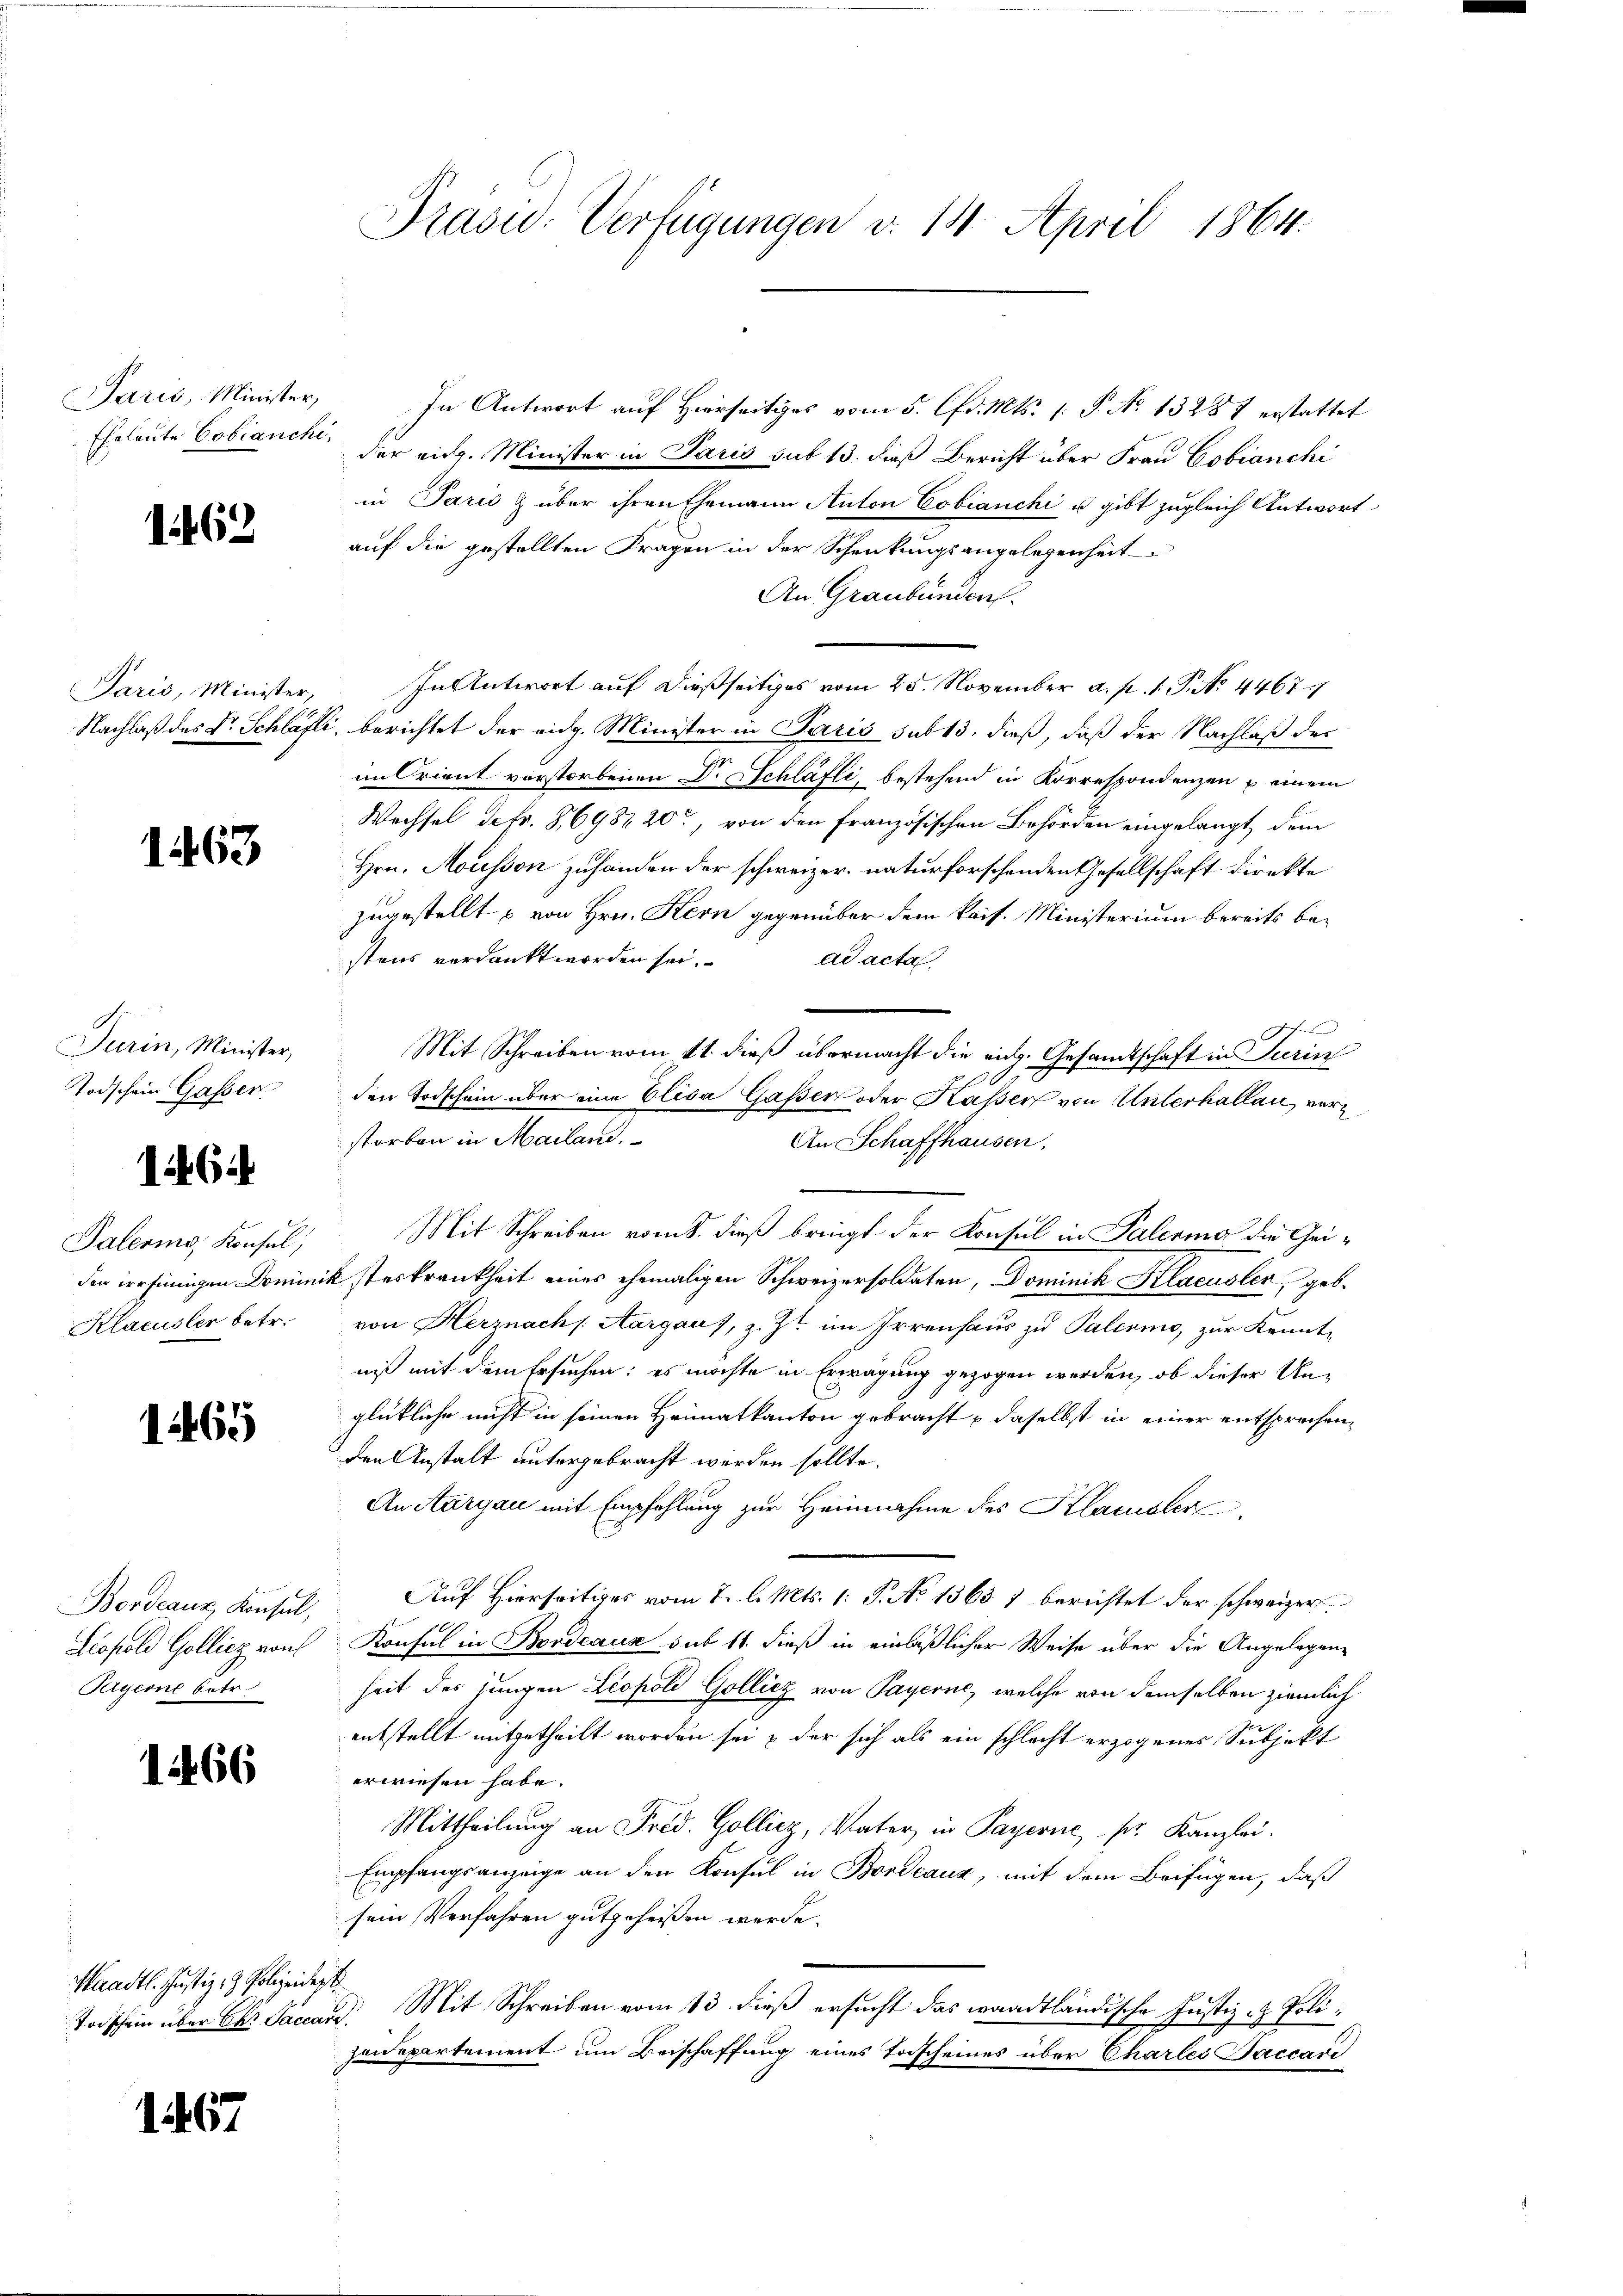
1462

Paris, Minister,

1463

Turin, Minister,
Todschein Gassen

1464

Palering Konsul,
den irrsinnigen Domin
Klacusler betr.

1465

Scopold Golliez noch
Ryerne betr

1466

Waadt. Justiz- & Polizeides

1467

Prasid-Verfügungen v. 14. April 1864.

Paris, Minister, In Antwort auf Hierseitiges vom 5. Chr. Mts. 1. P. No 13281 erstattet
Eheleute Cobiancke, der eidg. Minister in Paris sub 13. dieß Bericht über Frau Cobianchi
in Parić & über ihren Ehemann Anton Cobianchi u. gibt zugleich Antwortauf die gestellten Fragen in der Schenkungsangelegenheit
An Graubünden.
In Antwort auf dießseitiges vom 25. November a. p. 1. P. Nr. 4467.
Nachlaß des Dr. Schläfli, berichtet der eidg. Minister in Paris sub 13, dieß, daß der Nachlaß der
im Orient verstorbenen Dr. Schläfli, bestehend in Korrespondenzen u einem
Wechsel defr. 8698 20, von den französischen Behörden eingelangt, dem
Hrn. Mousson zuhanden der schweizer, naturforschenden Gesellschaft direkte
zugestellt u von Hrn. Kern gegenüber dem kais. Ministerium bereits bestens verdankt worden sei.
ad acta.
bechen
Mit Schreiben vom 11. dieß übermacht die eidg. Gesamtschaft in Turin
den Todschein über eine Elisa Gasser oder Kasser von Unterhallen, verstorben in Mailand.
An Schaffhausen.
Mit Schreiben vom 8. dieß bringt der Konsul in Palermo die Geiück steskrankheit eines ehemaligen Schweizersoldaten, Dominik Klacusler, geb.
von Herznach Aargaus, z. Zt. im Irrenhaus zu Palermo, zur Kennt-
niß mit dem Ersuchen: es möchte in Erwägung gezogen werden, ob dieser Unglückliche nicht in seinen Heimatkanton gebracht – daselbst in einer entsprochen,
den Anstalt untergebracht werden sollte.
An Aargau mit Empfehlung zur Heinnahme des Klacusler
Bordeaux, Konsil. Auf Hierseitiges vom 7. l. Mts. 1. P. No 13637 berichtet der schweizer.
Konsul in Bordeaux sub 11. dieß in einläßlicher Weise über die Angelegenheit des jungen Leopold Gollicz von Payerne, welche von demselben ziemlich
entstellt mitgetheilt worden sei & der sich als ein schlecht erzogenes Subjekt
erwiesen habe.
Mittheilung an Frid. Gollicz, Vater in Payerne pr. Kanzlei.
Empfangsanzeige an den Konsul in Bordeaux, mit dem Beifügen, daß
sein Verfahren gutgeheißen werde.
Todschein über Ohr Jaccard. Mit Schreiben vom 13. dieß ersucht das waadtländische Justiz - Polizanepartement um Beischaffung eines Tascheines über Charles Baccari